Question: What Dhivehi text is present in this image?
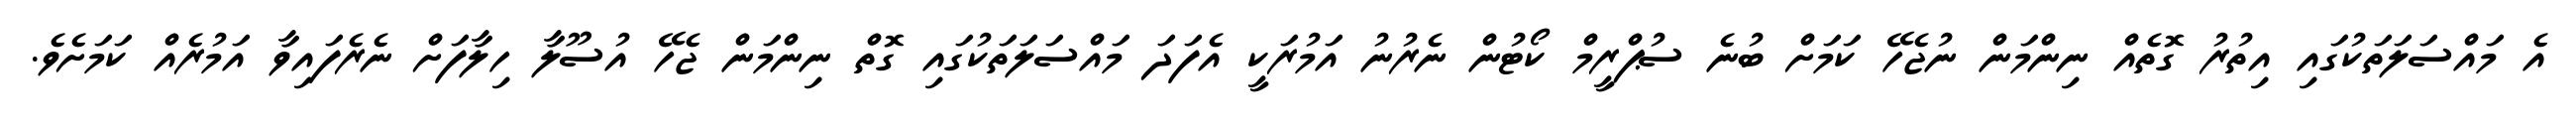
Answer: އެ މައްސަލަތަކުގައި އިތުރު ގޮތެއް ނިންމަން ނުޖެހޭ ކަމަށް ބުނެ ސުޕްރީމް ކޯޓުން ނެރުނު އަމުރަކީ އެފަދަ މައްސަލަތަކުގައި ގޮތް ނިންމަން ޖެހޭ އުސޫލާ ހިލާފަށް ނެރެފައިވާ އަމުރެއް ކަމަށެވެ.